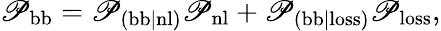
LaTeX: \mathscr{P}_{\mathrm{{bb}}}=\mathscr{P}_{\mathrm{{(bb|nl)}}}\mathscr{P}_{\mathrm{{nl}}}+\mathscr{P}_{\mathrm{{(bb|loss)}}}\mathscr{P}_{\mathrm{{loss}}},